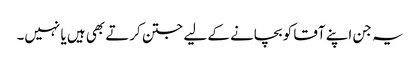
یہ جن اپنے آقا کو بچانے کے لیے جتن کرتے بھی ہیں یا نہیں۔